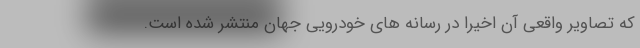
که تصاویر واقعی آن اخیرا در رسانه های خودرویی جهان منتشر شده است.